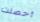
أحصلت